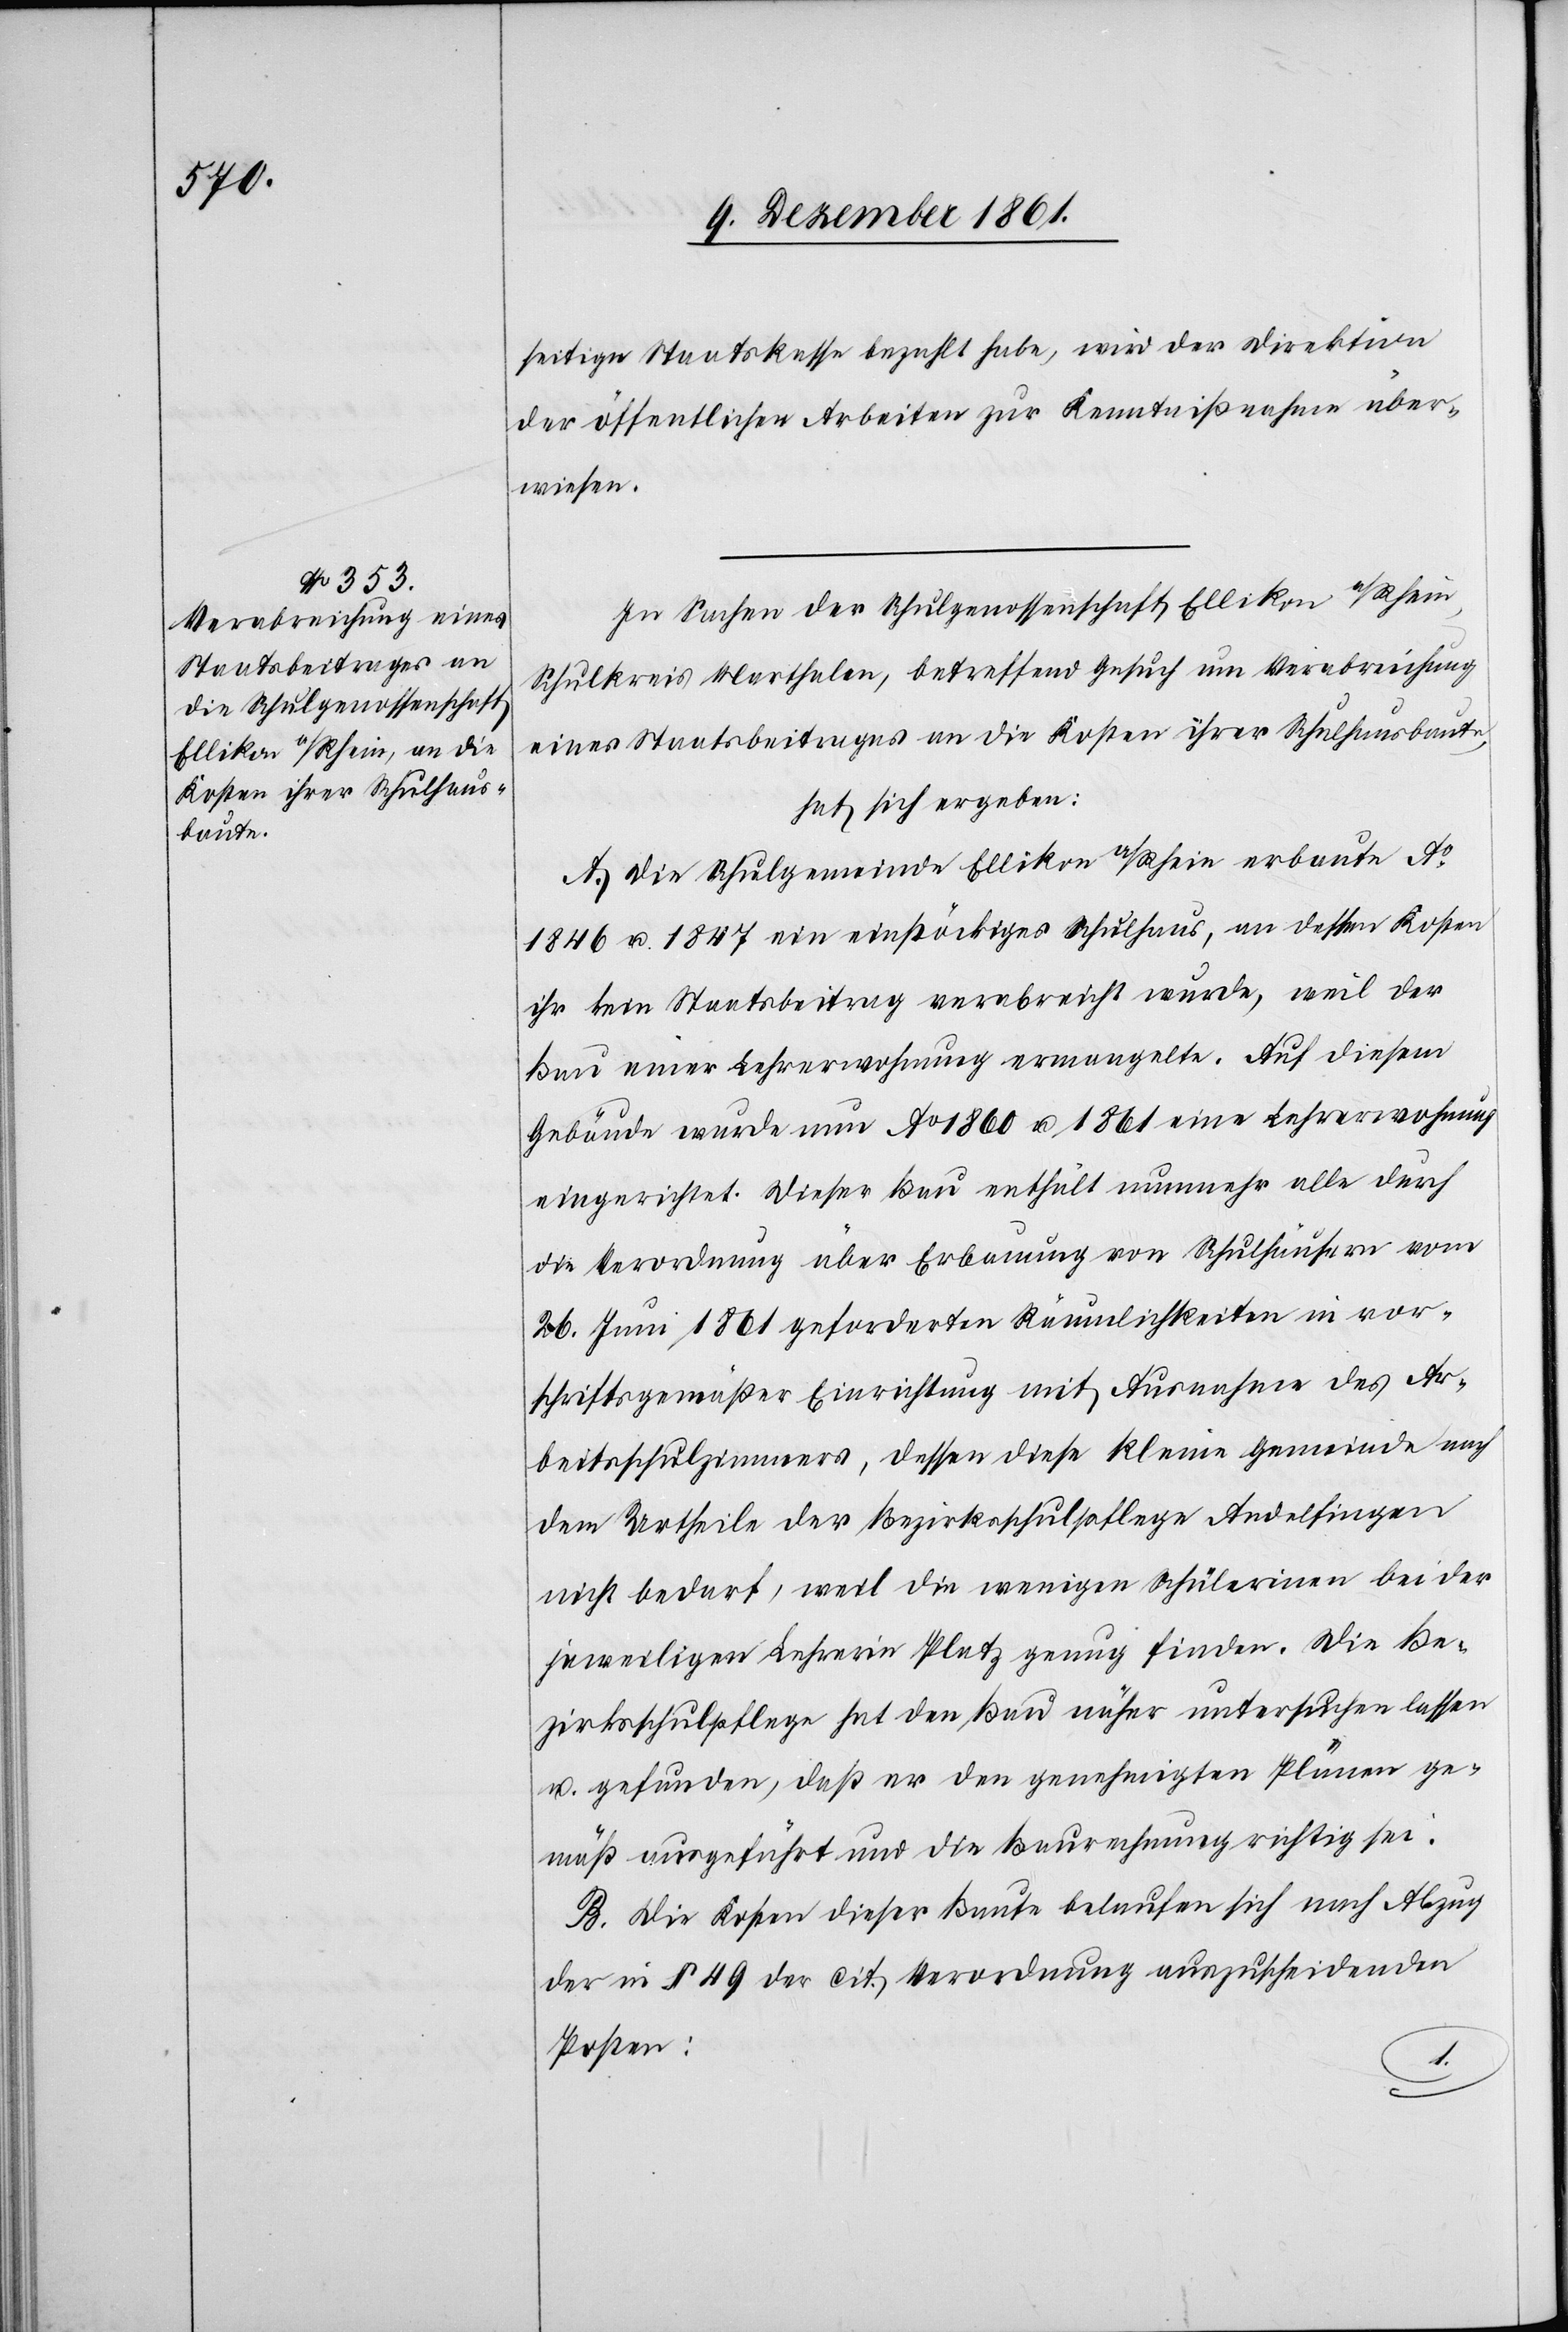
seitige Staatskasse bezahlt habe, wird der Direktion
der öffentlichen Arbeiten zur Kenntnißnahme über¬
wiesen.
In Sachen der Schulgenossenschaft Ellikon a/Rhein,
Schulkreis Marthalen, betreffend Gesuch um Verabreichung
eines Staatsbeitrages an die Kosten ihrer Schulhausbaute,
hat sich ergeben:
A. Die Schulgemeinde Ellikon a/Rhein erbaute Ao
1846 u. 1847 ein einstöckiges Schulhaus, an dessen Kosten
ihr kein Staatsbeitrag verabreicht wurde, weil der
Bau einer Lehrerwohnung ermangelte. Auf diesem
Gebäude wurde nun Ao 1860 u. 1861 eine Lehrerwohnung
eingerichtet. Dieser Bau enthält nunmehr alle durch
die Verordnung über Erbauung von Schulhäusern vom
26 Juni 1861 geforderten Räumlichkeiten in vor¬
schriftsgemäßer Einrichtung mit Ausnahme des Ar¬
beitsschulzimmers, dessen diese kleine Gemeinde nach
dem Urtheile der Bezirksrathspflege Andelfingen
nicht bedarf, weil die wenigen Schülerin[n]en bei der
jeweiligen Lehrerin Platz genug finden. Die Be¬
zirksschulpflege hat den Bau näher untersuchen lassen
u. gefunden, daß er den genehmigten Plänen ge¬
mäß ausgeführt und die Baurechnung richtig sei.
B. Die Kosten dieser Baute belaufen sich nach Abzug
der in § 49 der cit. Verordnung auszuscheidenden
Posten: